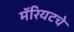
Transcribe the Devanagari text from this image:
मॅरियटचे